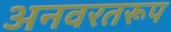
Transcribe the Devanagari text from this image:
अनवरतरूप